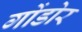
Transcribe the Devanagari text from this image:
गोंडोर